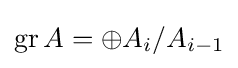
\operatorname {gr} A=\oplus A_{i}/{A_{i-1}}